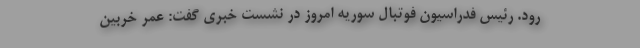
رود. رئیس فدراسیون فوتبال سوریه امروز در نشست خبری گفت: عمر خربین